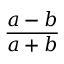
{ \frac { a - b } { a + b } } \,